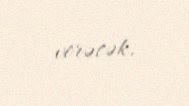
verəcək.